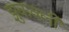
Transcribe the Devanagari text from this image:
झुकवली